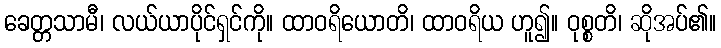
ခေတ္တသာမီ၊ လယ်ယာပိုင်ရှင်ကို။ ထာဝရိယောတိ၊ ထာဝရိယ ဟူ၍။ ဝုစ္စတိ၊ ဆိုအပ်၏။